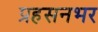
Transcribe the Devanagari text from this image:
प्रहसनभर